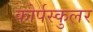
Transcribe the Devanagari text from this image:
कोर्पस्कुलर